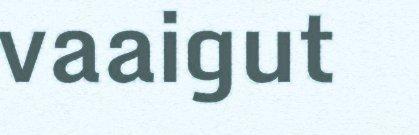
vaaigut